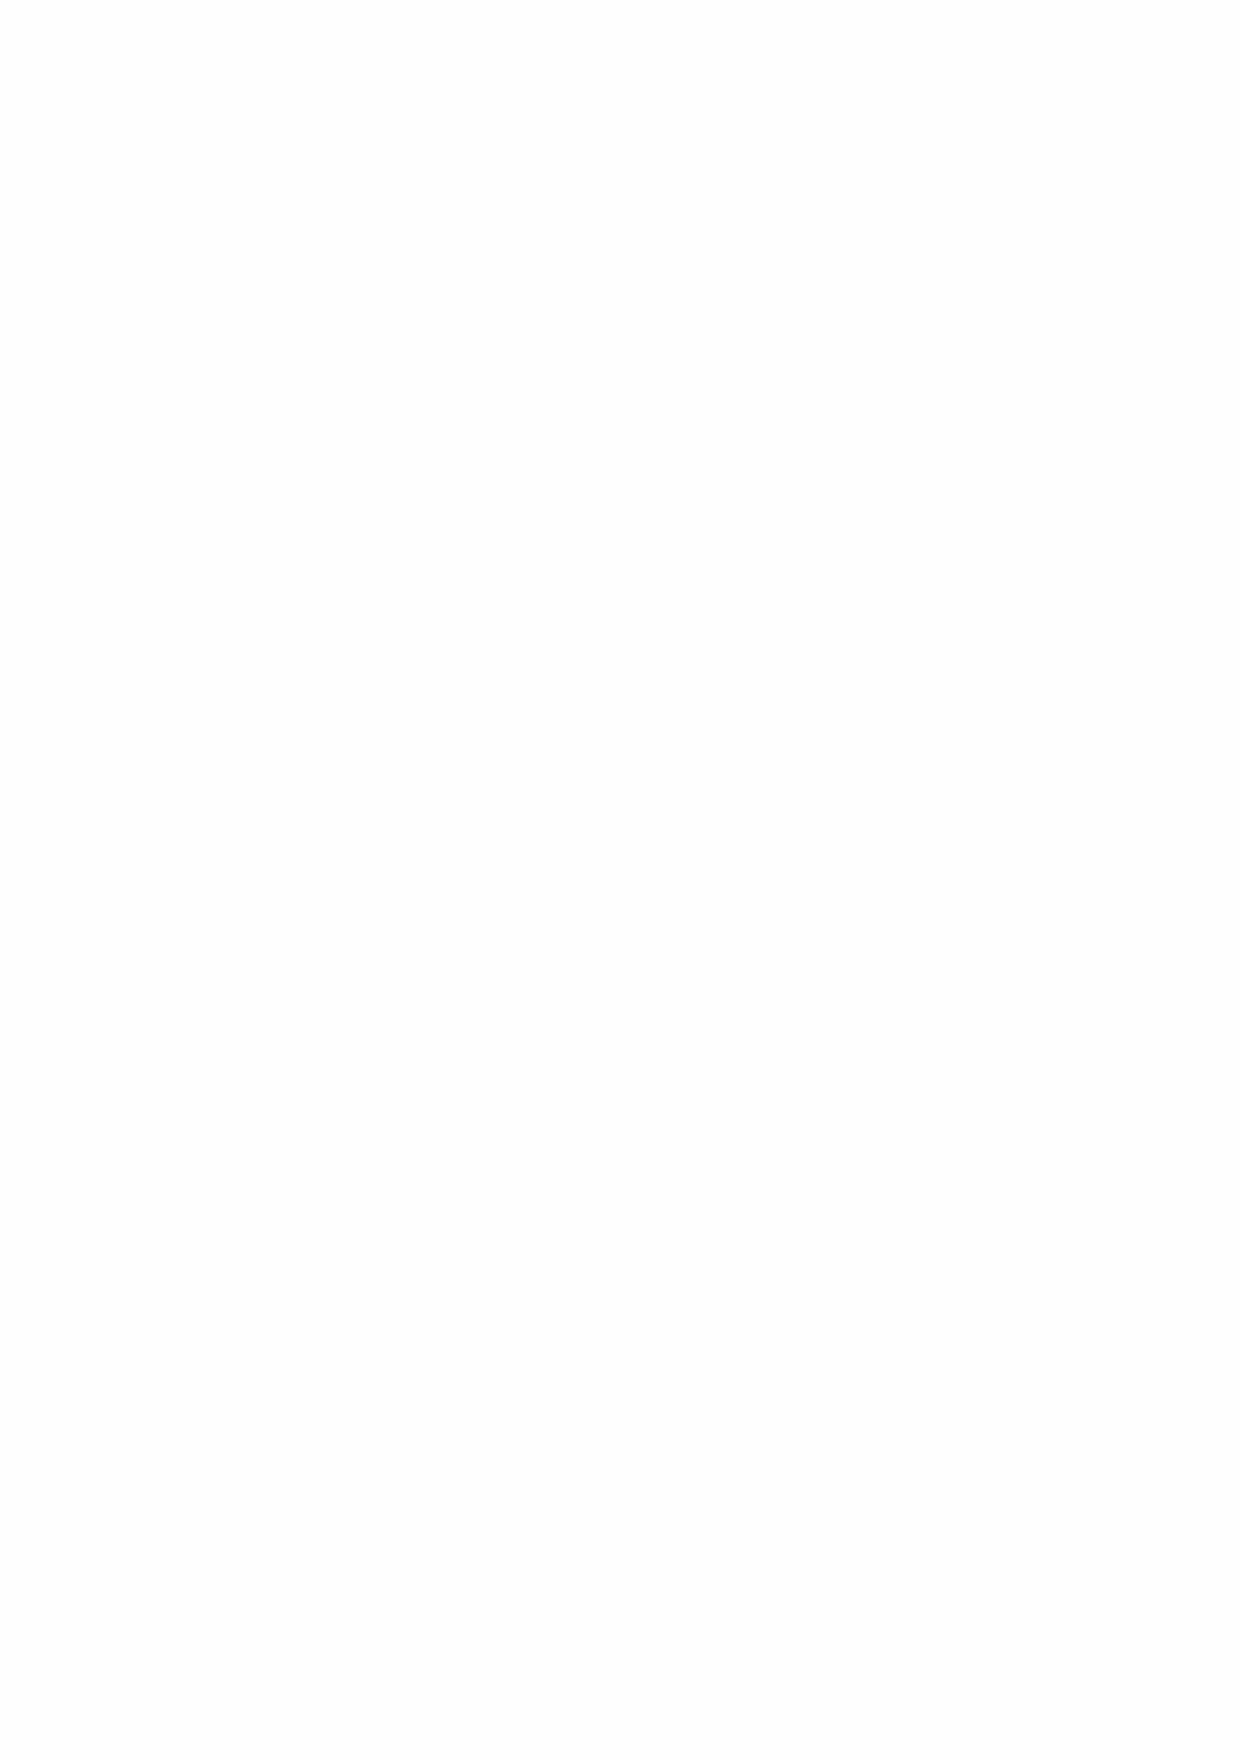
after research and dozens of sleepless nights. So, a unique coin linked to a great NFT game was born,
 more precisely: PAW, or as the name suggests: THE LEGENDARY PAW, COIN AND GAME OF THE
 METAVERSE FUTURE.
 NFT PLATFORM
 The LEGENDARY PAW team is already working on a NFT (Non-Fungible Token) platform, digital art on
 the Blockchain and the platform is almost done.
 What is a NFT?
 A non-fungible token (NFT) is a unit of data stored on a digital ledger, called a Blockchain, that
 certifies a digital asset to be unique and therefore not interchangeable. NFTs can be used to
 represent items such as photos, videos, audio, and other types of digital files.
 NFT GAMBLING platform:
 In addition to the NFT marketplace, we are adding an NFT parlour section to the website, where
 users can play NFT slots with PAW coin and PAW NFT’s.
 THE LEGENDARY PAW TOKEN
 The LEGENDARY PAW tokens will be generated on the Binance (BEP20) blockchain. Only those
 holding a PAW token or NFT will be granted access to the LEGENDARY PAW platform. LEGENDARY
 PAW tokens may be continued to be sold by the company until the total supply has been met.
 TAX DISTRIBUTION
 •  trading fees are 1%
 •  for development and projects 0.5 %
 •  in market cap (LP) 0.5 %
 •  to coin holders according to the number of coins held 0.5%
 In order to receive a share of the 0.5% trading fee, you must hold a minimum of 100 coins, and the
 more coins you hold. The more part of the tax you receive.